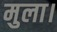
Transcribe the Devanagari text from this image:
मुला।